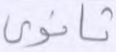
ثانوي